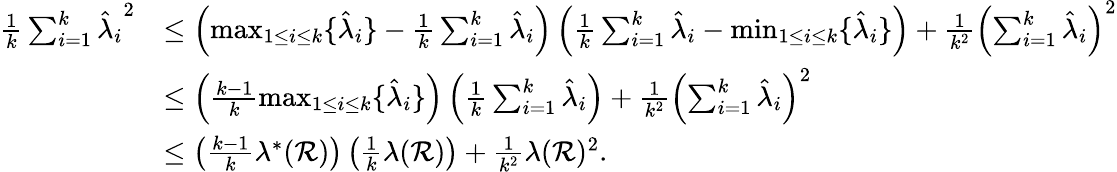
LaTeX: \begin{array}{rl}{\frac{1}{k}\sum_{i=1}^{k}{\hat{\lambda}_{i}}^{2}}&{\le\left(\operatorname*{max}_{1\le i\le k}\{ \hat{\lambda}_{i}\} -\frac{1}{k}\sum_{i=1}^{k}\hat{\lambda}_{i}\right)\left(\frac{1}{k}\sum_{i=1}^{k}\hat{\lambda}_{i}-\operatorname*{min}_{1\le i\le k}\{ \hat{\lambda}_{i}\} \right)+\frac{1}{k^{2}}\left(\sum_{i=1}^{k}\hat{\lambda}_{i}\right)^{2}}\\ &{\le\left(\frac{k-1}{k}\operatorname*{max}_{1\le i\le k}\{ \hat{\lambda}_{i}\} \right)\left(\frac{1}{k}\sum_{i=1}^{k}\hat{\lambda}_{i}\right)+\frac{1}{k^{2}}\left(\sum_{i=1}^{k}\hat{\lambda}_{i}\right)^{2}}\\ &{\le\left(\frac{k-1}{k}\lambda^{*}(\mathcal{R})\right)\left(\frac{1}{k}\lambda(\mathcal{R})\right)+\frac{1}{k^{2}}\lambda(\mathcal{R})^{2}.}\end{array}